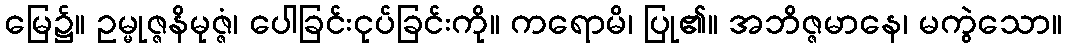
မြေ၌။ ဥမ္မုဇ္ဇနိမုဇ္ဇံ၊ ပေါခြင်းငုပ်ခြင်းကို။ ကရောမိ၊ ပြု၏။ အဘိဇ္ဇမာနေ၊ မကွဲသော။